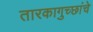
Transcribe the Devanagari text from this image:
तारकागुच्छांचे